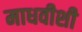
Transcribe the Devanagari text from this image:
माधवीशी